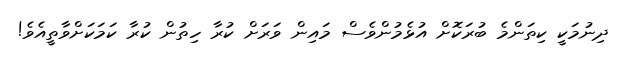
ދިނުމަކީ ކިތަންމެ ބުރަކޮށް އުޅެމުންވެސް މައިން ވަރަށް ކުރާ ހިތުން ކުރާ ކަމަކަށްވާތީއެވެ!